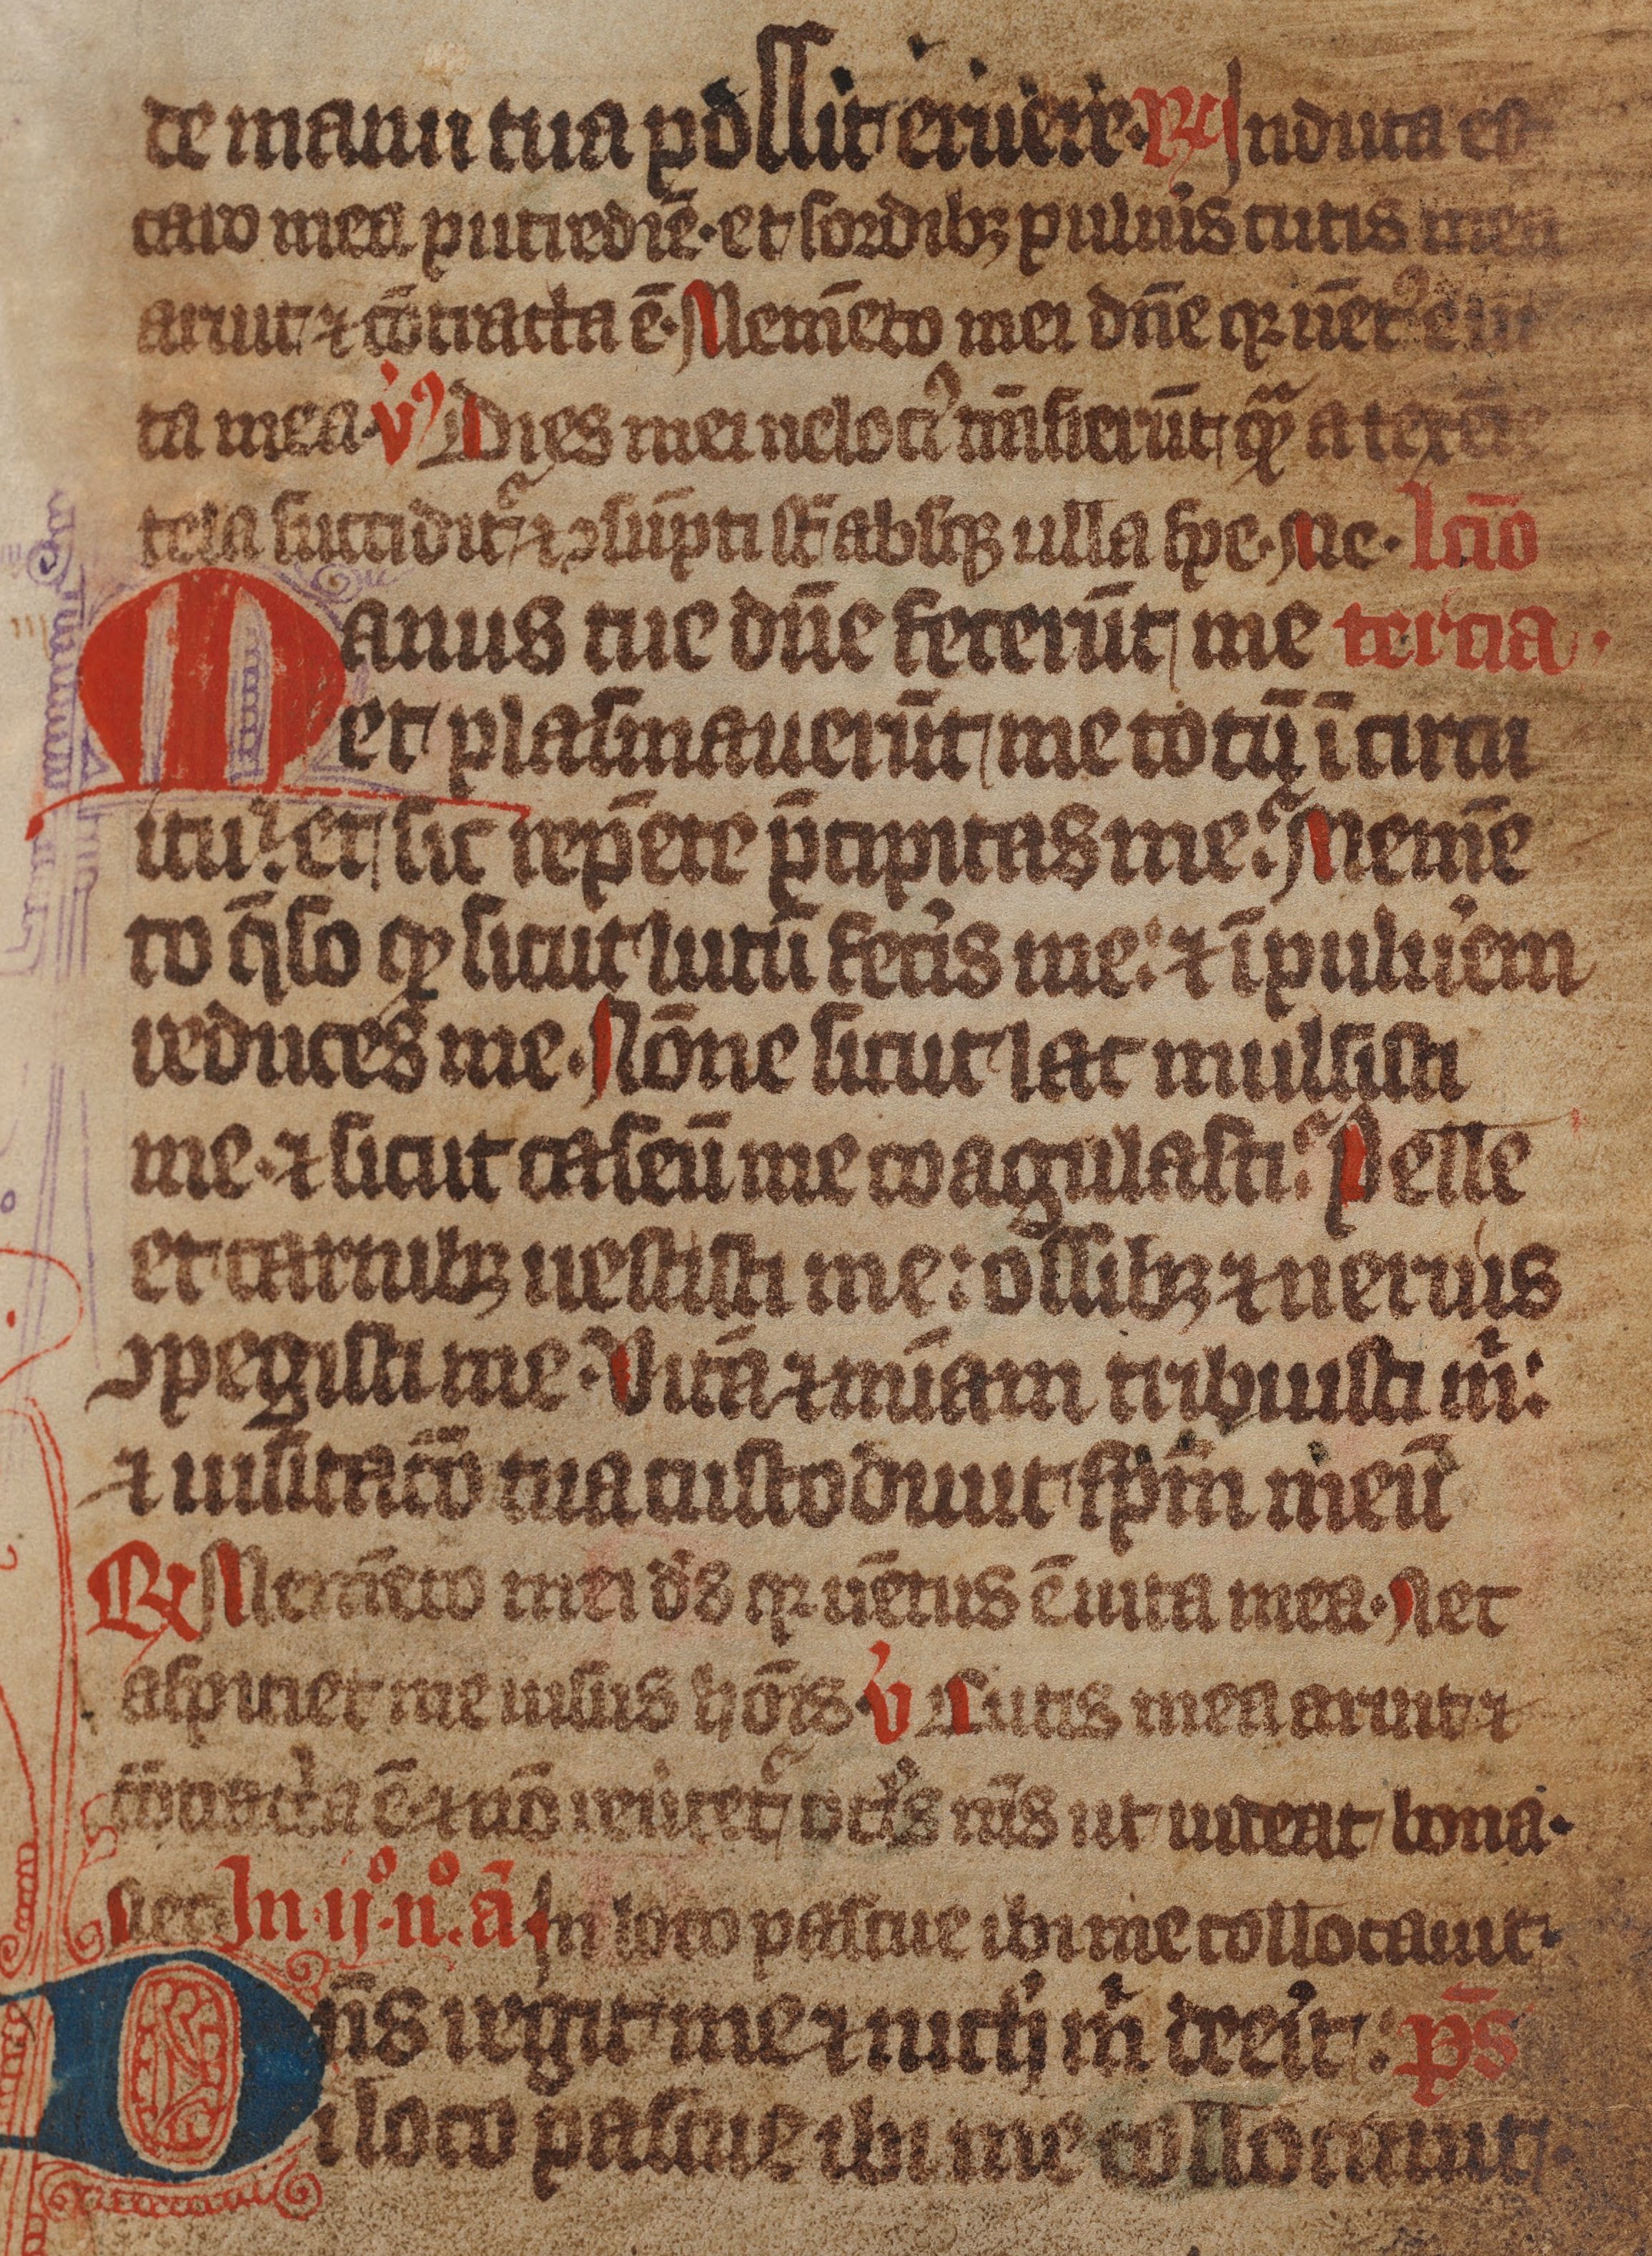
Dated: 1375–1499